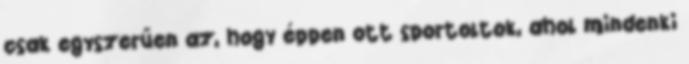
csak egyszerűen az, hogy éppen ott sportoltok, ahol mindenki